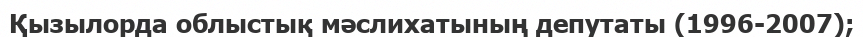
Қызылорда облыстық мәслихатының депутаты (1996-2007);